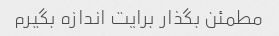
مطمئن بگذار برایت اندازه بگیرم